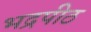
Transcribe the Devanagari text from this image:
भद्रपीठ